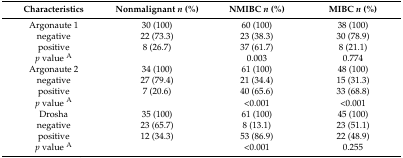
<table><thead><tr><td><b>Characteristics</b></td><td><b>Nonmalignant <i>n</i> (%)</b></td><td><b>NMIBC <i>n</i> (%)</b></td><td><b>MIBC <i>n</i> (%)</b></td></tr></thead><tbody><tr><td>Argonaute 1</td><td>30 (100)</td><td>60 (100)</td><td>38 (100)</td></tr><tr><td>negative</td><td>22 (73.3)</td><td>23 (38.3)</td><td>30 (78.9)</td></tr><tr><td>positive</td><td>8 (26.7)</td><td>37 (61.7)</td><td>8 (21.1)</td></tr><tr><td><i>p</i> value <sup>A</sup></td><td></td><td>0.003</td><td>0.774</td></tr><tr><td>Argonaute 2</td><td>34 (100)</td><td>61 (100)</td><td>48 (100)</td></tr><tr><td>negative</td><td>27 (79.4)</td><td>21 (34.4)</td><td>15 (31.3)</td></tr><tr><td>positive</td><td>7 (20.6)</td><td>40 (65.6)</td><td>33 (68.8)</td></tr><tr><td><i>p</i> value <sup>A</sup></td><td></td><td>&lt;0.001</td><td>&lt;0.001</td></tr><tr><td>Drosha</td><td>35 (100)</td><td>61 (100)</td><td>45 (100)</td></tr><tr><td>negative</td><td>23 (65.7)</td><td>8 (13.1)</td><td>23 (51.1)</td></tr><tr><td>positive</td><td>12 (34.3)</td><td>53 (86.9)</td><td>22 (48.9)</td></tr><tr><td><i>p</i> value <sup>A</sup></td><td></td><td>&lt;0.001</td><td>0.255</td></tr></tbody></table>